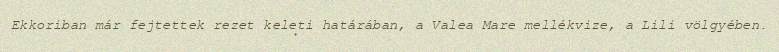
Ekkoriban már fejtettek rezet keleti határában, a Valea Mare mellékvize, a Lili völgyében.